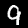
Label: 9